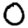
Digit: 0